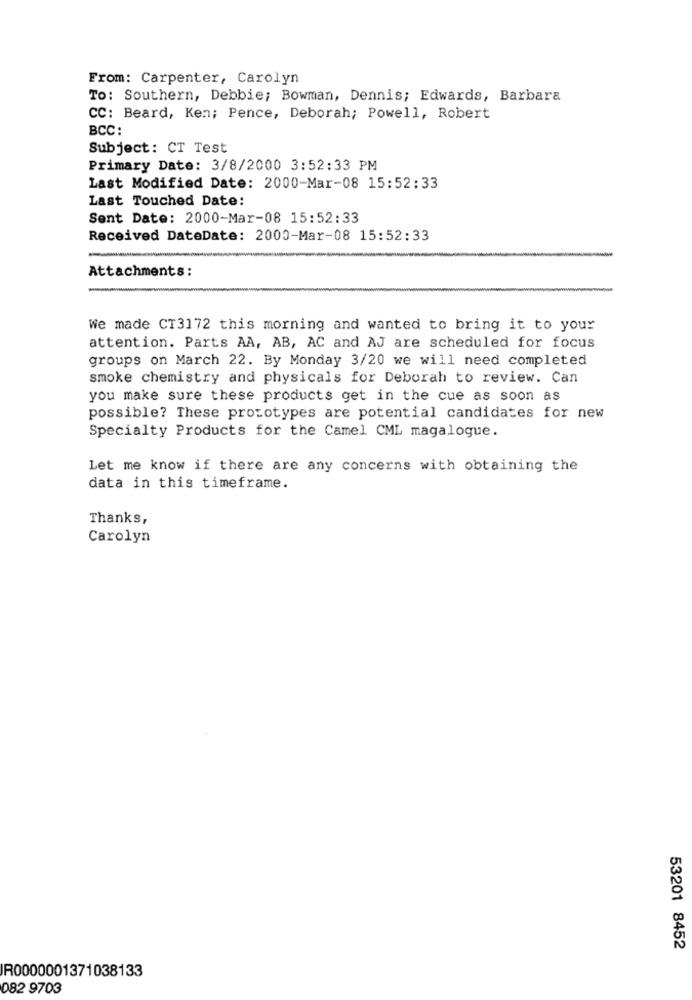
From: Carpenter, Carolyn
To: Southern, Debbie; Bowman, Dennis; Edwards, Barbara
CC: Beard, Ken; Pence, Deborah; Powell, Robert
BCC:
Subject: CT Test
Primary Date: 3/8/2000 3:52:33 PM
Last Modified Date: 2000-Mar-08 15:52:33
Last Touched Date:
Sent Date: 2000-Mar-08 15:52:33
Received DateDate: 2000-Mar-08 15:52:33
Attachments:
We made CT3172 this morning and wanted to bring it to your
attention. Parts AA, AB, AC and AJ are scheduled for focus
groups on March 22. By Monday 3/20 we will need completed
smoke chemistry and physicals for Deborah to review. Can
you make sure these products get in the cue as soon as
possible? These prototypes are potential candidates for new
Specialty Products for the Camel CML magalogue.
Let me know if there are any concerns with obtaining the
data in this timeframe.
Thanks,
Carolyn
53201 8452
R0000001371038133
082 9703